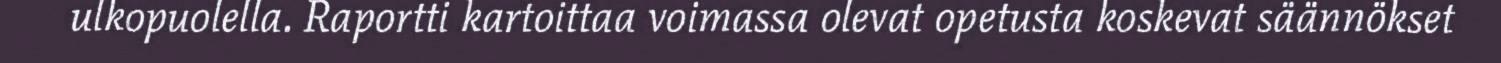
ulkopuolella. Raportti kartoittaa voimassa olevat opetusta koskevat säännökset